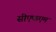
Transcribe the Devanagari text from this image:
सीएफएम